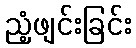
ညံ့ဖျင်းခြင်း